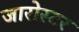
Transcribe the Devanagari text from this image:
जारोस्टर